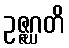
ဥဇ္ဇဂ္ဃတိ